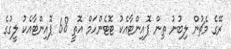
ރޭގެ މެޗުން ލިބުނު ތިން ޕޮއިންޓާއެެކު ޓޮޓެންހަމް އޮތީ 68 ޕޮއިންޓާއެކު ލީގުގެ